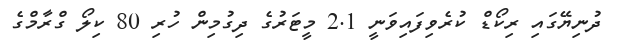
ދުނިޔޭގައި ރިކޯޑް ކުރެވިފައިވަނީ 2.1 މީޓަރުގެ ދިގުމިން ހުރި 80 ކިލޯ ގްރާމްގެ